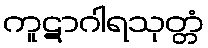
ကူဋာဂါရသုတ္တံ